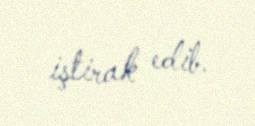
iştirak edib.